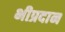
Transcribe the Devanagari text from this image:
भीप्रदान